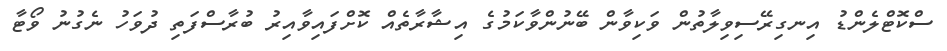
ސްކޮޓްލެންޑު އިނގިރޭސިވިލާތުން ވަކިވާން ބޭނުންވާކަމުގެ އިޝާރާތެއް ކޮށްފައިވާއިރު ބުރާސްފަތި ދުވަހު ނެގުނު ވޯޓާ